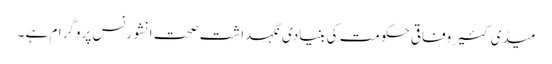
میڈی کئیر وفاقی حکومت کی بنیادی نگہداشت صحت انشورنس پروگرام ہے ۔